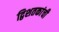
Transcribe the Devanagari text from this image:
द्विशतकांची